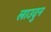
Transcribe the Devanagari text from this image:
लाउदुन